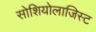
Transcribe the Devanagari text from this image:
सोशियोलाजिस्ट